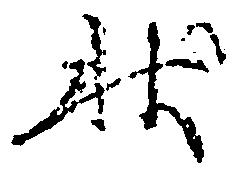
状